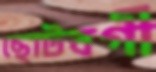
ছোটবগী